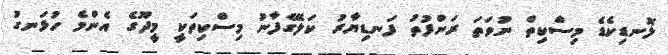
ލޮނޑިކެޑެ މިސްކިތް ނުވަތަ ރަންފުތު ފަނޑިޔާރު ކަލޭގެފާނު މިސްކިތަކީ މީދޫގެ އެންމެ ހުޅަނގު